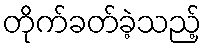
တိုက်ခတ်ခဲ့သည့်